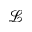
\mathcal { L }